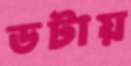
ডটায়